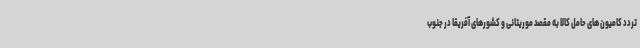
تردد کامیون های حامل کالا به مقصد موریتانی و کشورهای آفریقا در جنوب